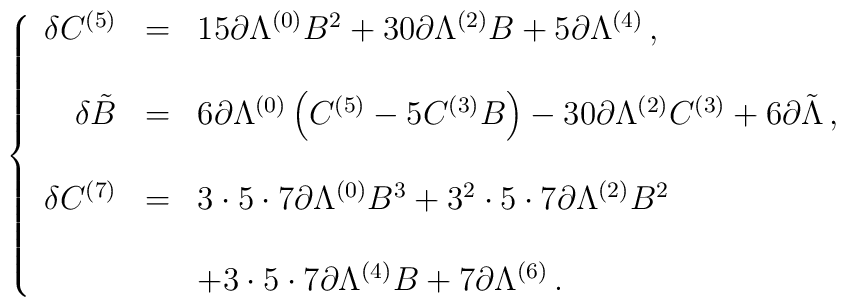
\left\{\begin{array}{rcl}\delta C^{(5)} & = & 15\partial \Lambda^{(0)} B^{2} +30\partial\Lambda^{(2)} B +5\partial\Lambda^{(4)}\, ,\\& & \\\delta \tilde{B} & = & 6\partial\Lambda^{(0)} \left(C^{(5)} -5C^{(3)} B \right)-30\partial \Lambda^{(2)} C^{(3)} +6\partial\tilde{\Lambda}\, ,\\& & \\\delta C^{(7)} & = & 3\cdot 5\cdot 7\partial \Lambda^{(0)} B^{3} +3^{2}\cdot 5\cdot 7 \partial\Lambda^{(2)} B^{2}\\& & \\& &+3\cdot 5\cdot 7\partial\Lambda^{(4)} B + 7 \partial\Lambda^{(6)}\, .\\\end{array}\right.